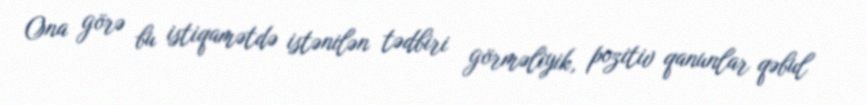
Ona görə bu istiqamətdə istənilən tədbiri görməliyik, pozitiv qanunlar qəbul